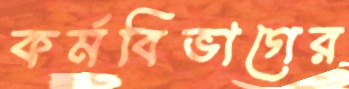
কর্মবিভাগের